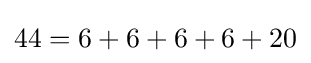
44=6+6+6+6+20